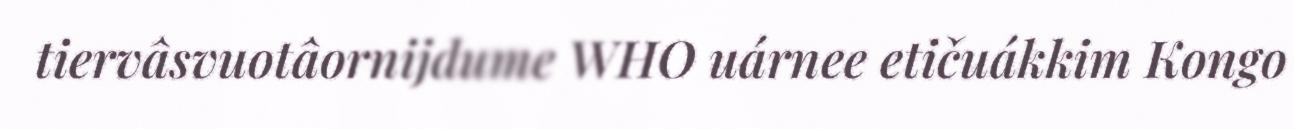
tiervâsvuotâornijdume WHO uárnee etičuákkim Kongo